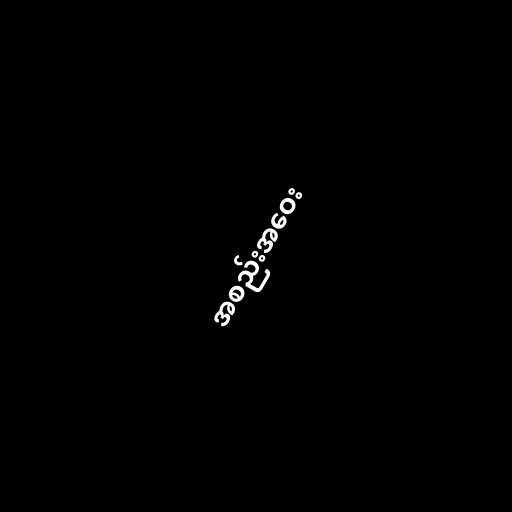
အစည်းအဝေး